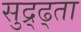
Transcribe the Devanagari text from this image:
सुद्र्ढ्ता